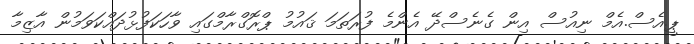
ޕީ.އެސް.އެމް ނިއުސް އިން ގެނެސްދޭ އެންމެ ފުރަތަމަ ޤައުމު ޕްރޮގްރާމްގައި ވާހަކަފުޅުދައްކަވަމުން އާޒިމާ